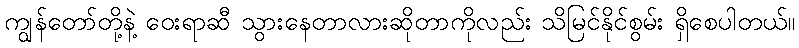
ကျွန်တော်တို့နဲ့ ဝေးရာဆီ သွားနေတာလားဆိုတာကိုလည်း သိမြင်နိုင်စွမ်း ရှိစေပါတယ်။